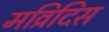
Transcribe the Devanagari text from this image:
मव्रिदिस